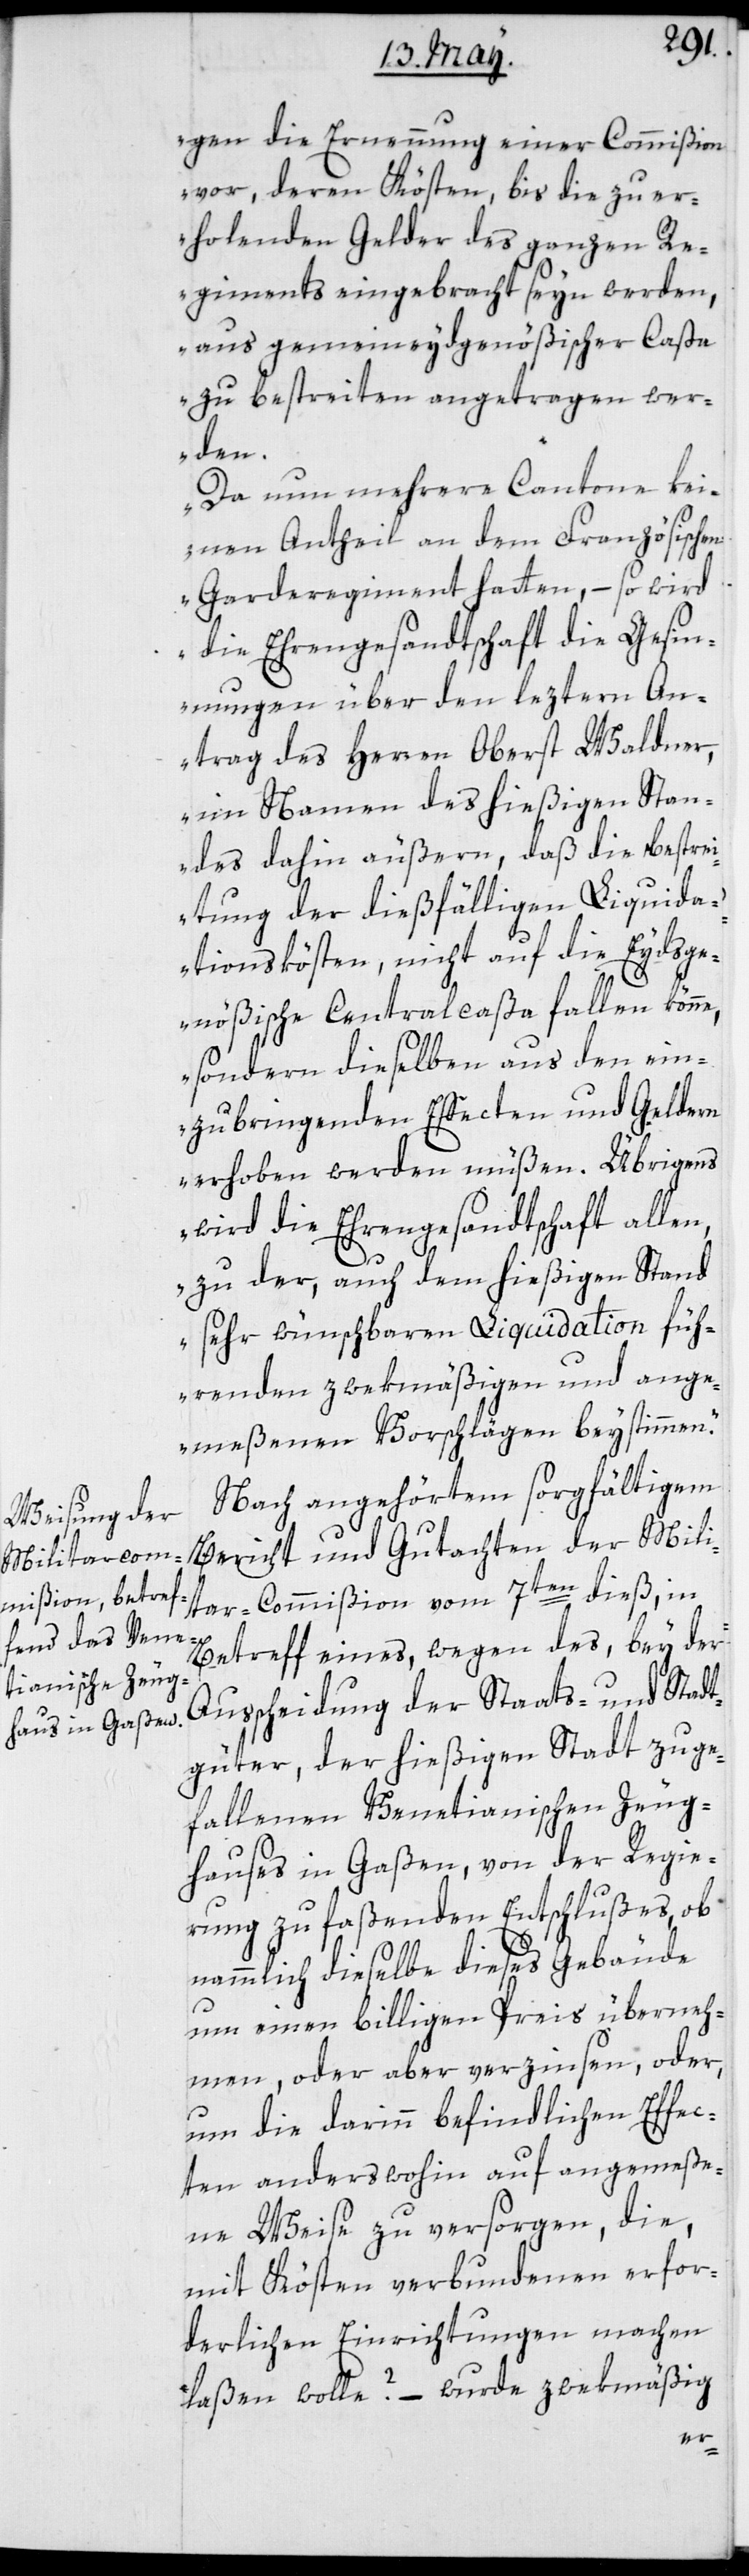
gen die Ernennung einer Commißion
vor, deren Kösten, bis die zu er¬
holenden Gelder des ganzen Re¬
giments eingebracht seyn werden,
aus gemeineydsgenößischer Caßa
zu bestreiten angetragen wer¬
den.
Da nun mehrere Cantone kei¬
nen Antheil an dem Französischen
Garderegiment hatten, – so wird
die Ehrengesandtschaft die Gesin¬
nungen über den lezten An¬
trag des Herren Oberst Waldner,
im Namen des hießigen Stan¬
des dahin äußern, daß die Bestre¬
itung der dießfälligen Liquida¬
tionskösten, nicht auf die Eydsge¬
nößische Centralcaßa fallen könne,
sondern dieselben aus den ein¬
zubringenden Effecten und Geldern
erhoben werden müßen. Übrigens
wird die Ehrengesandtschaft allen,
zu der, auch dem hießigen Stand
sehr wünschbaren Liquidation füh¬
renden zwekmäßigen und ange¬
meßenen Vorschlägen beystimmen.“
Nach angehörtem sorgfältigem
Bericht und Gutachten der Mili¬
tar-Commißion vom 7ten dieß, in
Betreff eines, wegen des, bey der
Ausscheidung der Staats- und Stadt¬
güter, der hießigen Stadt zuge¬
fallenen Venetianischen Zeug¬
hauses in Gaßen, von der Regie¬
rung zu faßenden Entschlußes, ob
nammlich dieselbe dieses Gebäude
um einen billigen Preis überneh¬
men, oder aber verzinsen; oder
um die darinn befindlichen Effec¬
ten anderswohin auf angemeße¬
ne Weise zu versorgen, die,
mit Kösten verbundenen erfor¬
derlichen Einrichtungen machen
laßen wolle? – wurde zwekmäßig